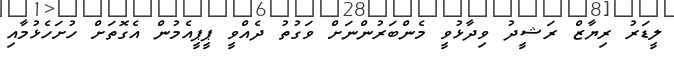
ލީޑަރު ރިޔާޒް ރަޝީދު ވިދާޅުވީ މެންބަރުންނަށް ވަގުތު ދެއްވީ ޕީޕީއެމުން އެގޮތަށް ހުށަހެޅުމާއި